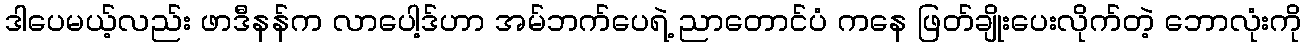
ဒါပေမယ့်လည်း ဖာဒီနန်က လာပေါ့ဒ်ဟာ အမ်ဘက်ပေရဲ့ ညာတောင်ပံ ကနေ ဖြတ်ချိုးပေးလိုက်တဲ့ ဘောလုံးကို